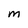
Character: M